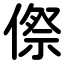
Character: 傺